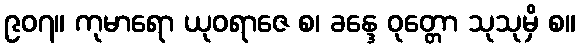
၉၀၇။ ကုမာရော ယုဝရာဇေ စ၊ ခန္ဒေ ဝုတ္တော သုသုမှိ စ။